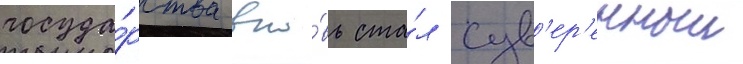
госуда́рства вно́вь ста́л сув'ер'енныи